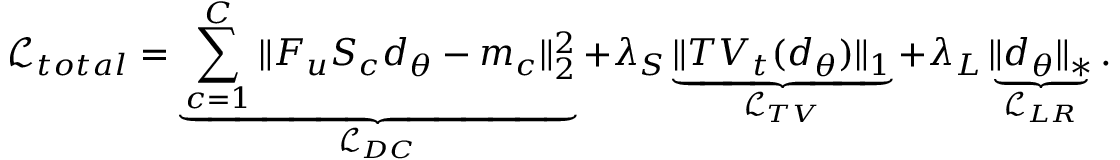
\mathcal { L } _ { t o t a l } = \underbrace { \sum _ { c = 1 } ^ { C } \Vert F _ { u } S _ { c } d _ { \theta } - m _ { c } \Vert _ { 2 } ^ { 2 } } _ { \mathcal { L } _ { D C } } + \lambda _ { S } \underbrace { \Vert T V _ { t } ( d _ { \theta } ) \Vert _ { 1 } } _ { \mathcal { L } _ { T V } } + \lambda _ { L } \underbrace { \Vert d _ { \theta } \Vert _ { * } } _ { \mathcal { L } _ { L R } } .